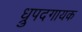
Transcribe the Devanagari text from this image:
ध्रुपदगायक